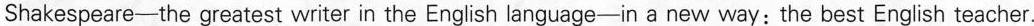
Shakespeare—the greatest writer in the English language-in a new way:the best English teacher.